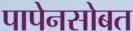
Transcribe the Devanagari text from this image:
पापेनसोबत